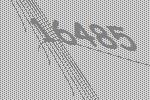
16485